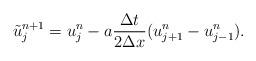
LaTeX: \begin{align*}\tilde{u}^{n+1}_{j}=u^n_j- a \dfrac{\Delta t}{2 \Delta x}(u^{n}_{j+1}-u^{n}_{j-1}).\end{align*}